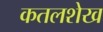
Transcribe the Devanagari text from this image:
कतलशेख